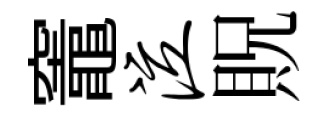
竈泣貺